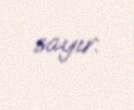
sayır.